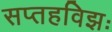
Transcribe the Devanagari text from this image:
सप्तहविझः